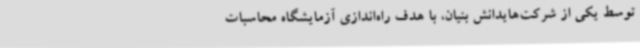
توسط یکی از شرکت‌هایدانش بنیان، با هدف راه‌اندازی آزمایشگاه محاسبات